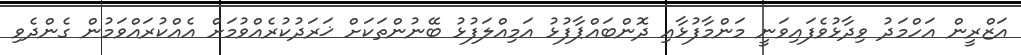
އަޒްރީން އަހްމަދު ވިދާޅުވެފައިވަނީ މަންމާފުޅާއި ދޮންބައްޕާފުޅު އަމިއްލަފުޅު ބޭނުންތަކަށް ޚަރަދުކުރެއްވުމަށް އެއްކުރައްވަމުން ގެންދެވި